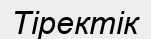
Тіректік